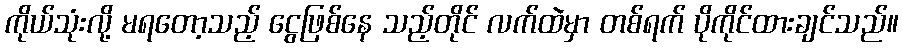
ကိုယ်သုံးလို့ မရတော့သည့် ငွေဖြစ်နေ သည့်တိုင် လက်ထဲမှာ တစ်ရက် ပိုကိုင်ထားချင်သည်။